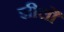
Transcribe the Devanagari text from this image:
झीलोँ